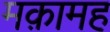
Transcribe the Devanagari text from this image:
मक़ामह